Annual report of the Punjab Veterinary College and of the Civil Veterinary Department, Punjab - 1926-1932
Year: 1926
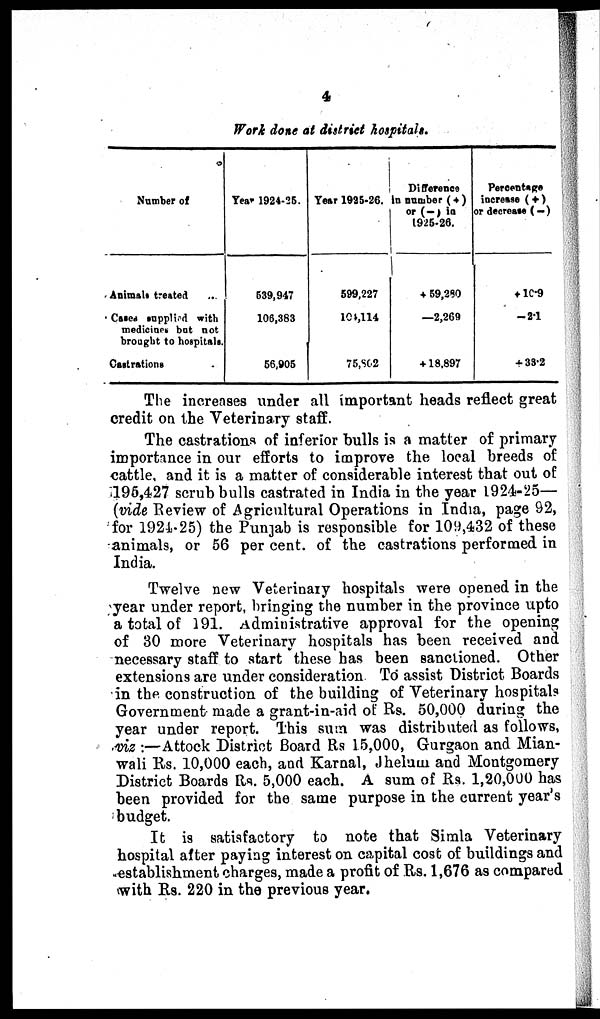
4
Work done at district hospitals.
Number of
Animals treated ...
Cases supplied with
medicines but not
brought to hospitals.
Castrations
Year 1924-25.
539,947
106,383
56,905
Year 1925-26.
599,227
104,114
75,862
Difference
in number (+)
or (—) in
1925-26.
+ 59,280
—2,269
+ 18.897
Percentage
increase (+)
or decrease (—)
+ 10.9
-21
+ 33.2
The increases under all important heads reflect great
credit on the Veterinary staff.
The castrations of inferior bulls is a matter of primary
importance in our efforts to improve the local breeds of
cattle, and it is a matter of considerable interest that out of
196,427 scrub bulls castrated in India in the year 1924-25—
(vide Review of Agricultural Operations in India, page 92,
for 1924-25) the Punjab is responsible for 109,432 of these
animals, or 56 per cent. of the castrations performed in
India.
Twelve new Veterinary hospitals were opened in the
year under report, bringing the number in the province upto
a total of 191. Administrative approval for the opening
of 30 more Veterinary hospitals has been received and
necessary staff to start these has been sanctioned. Other
extensions are under consideration To assist District Boards
in the construction of the building of Veterinary hospitals
Government made a grant-in-aid of Rs. 50,000 during the
year under report. This sum was distributed as follows,
viz:—Attock District Board Rs 15,000, Gurgaon and Mian-
wali Rs. 10,000 each, and Karnal, Jhelum and Montgomery
District Boards Rs. 5,000 each. A sum of Rs. 1,20,000 has
been provided for the same purpose in the current year's
budget.
It is satisfactory to note that Simla Veterinary
hospital after paying interest on capital cost of buildings and
establishment charges, made a profit of Rs. 1,676 as compared
with Rs. 220 in the previous year.